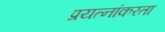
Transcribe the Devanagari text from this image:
प्रयत्नांकरता